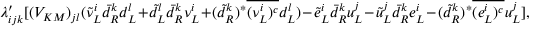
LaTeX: \lambda _ { i j k } ^ { \prime } [ ( V _ { K M } ) _ { j l } ( { \tilde { \nu } } _ { L } ^ { i } { \bar { d } } _ { R } ^ { k } d _ { L } ^ { l } + { \tilde { d } } _ { L } ^ { l } { \bar { d } } _ { R } ^ { k } { \nu } _ { L } ^ { i } + ( \tilde { d } _ { R } ^ { k } ) ^ { * } \overline { { { ( \nu _ { L } ^ { i } ) ^ { c } } } } d _ { L } ^ { l } ) - { \tilde { e } } _ { L } ^ { i } { \bar { d } } _ { R } ^ { k } u _ { L } ^ { j } - { \tilde { u } } _ { L } ^ { j } { \bar { d } } _ { R } ^ { k } e _ { L } ^ { i } - ( \tilde { d } _ { R } ^ { k } ) ^ { * } \overline { { { ( e _ { L } ^ { i } ) ^ { c } } } } u _ { L } ^ { j } ] ,